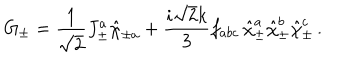
G _ { \pm } = \frac { 1 } { \sqrt 2 } J _ { \pm } ^ { a } \hat { \chi } _ { \pm a } + \frac { i \sqrt 2 k } { 3 } f _ { a b c } \, \hat { \chi } _ { \pm } ^ { a } \hat { \chi } _ { \pm } ^ { b } \hat { \chi } _ { \pm } ^ { c } \, .